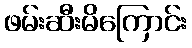
ဖမ်းဆီးမိကြောင်း